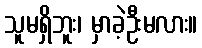
သူမရှိဘူး၊ မှာခဲ့ဦးမလား။